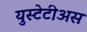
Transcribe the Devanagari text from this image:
युस्टेटीअस